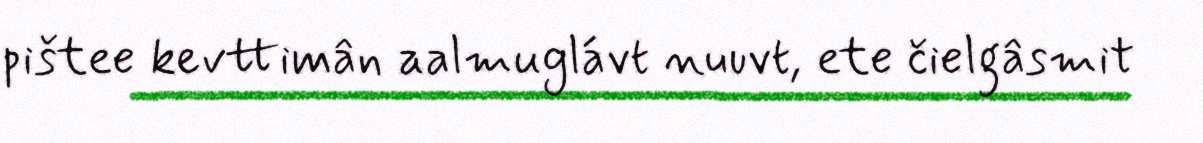
pištee kevttimân aalmuglávt nuuvt, ete čielgâsmit